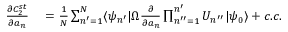
\begin{array} { r l } { \frac { \partial C _ { 2 } ^ { s t } } { \partial a _ { n } } } & { { } = \frac { 1 } { N } \sum _ { n ^ { \prime } = 1 } ^ { N } \langle \psi _ { n ^ { \prime } } | \Omega \frac { \partial } { \partial a _ { n } } \prod _ { n ^ { \prime \prime } = 1 } ^ { n ^ { \prime } } U _ { n ^ { \prime \prime } } | \psi _ { 0 } \rangle + c . c . } \end{array}